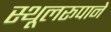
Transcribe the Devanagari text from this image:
स्थूलरूपाने